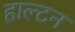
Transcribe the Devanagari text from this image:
हाल्टन